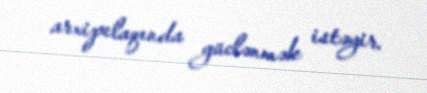
arxipelaqında güclənmək istəyir.